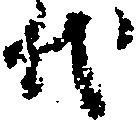
代